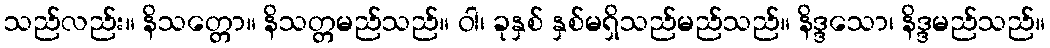
သည်လည်း။ နိသတ္တော။ နိသတ္တမည်သည်။ ဝါ၊ ခုနှစ် နှစ်မရှိသည်မည်သည်။ နိဒ္ဒသော၊ နိဒ္ဒမည်သည်။